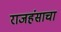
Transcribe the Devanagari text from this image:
राजहंसाचा